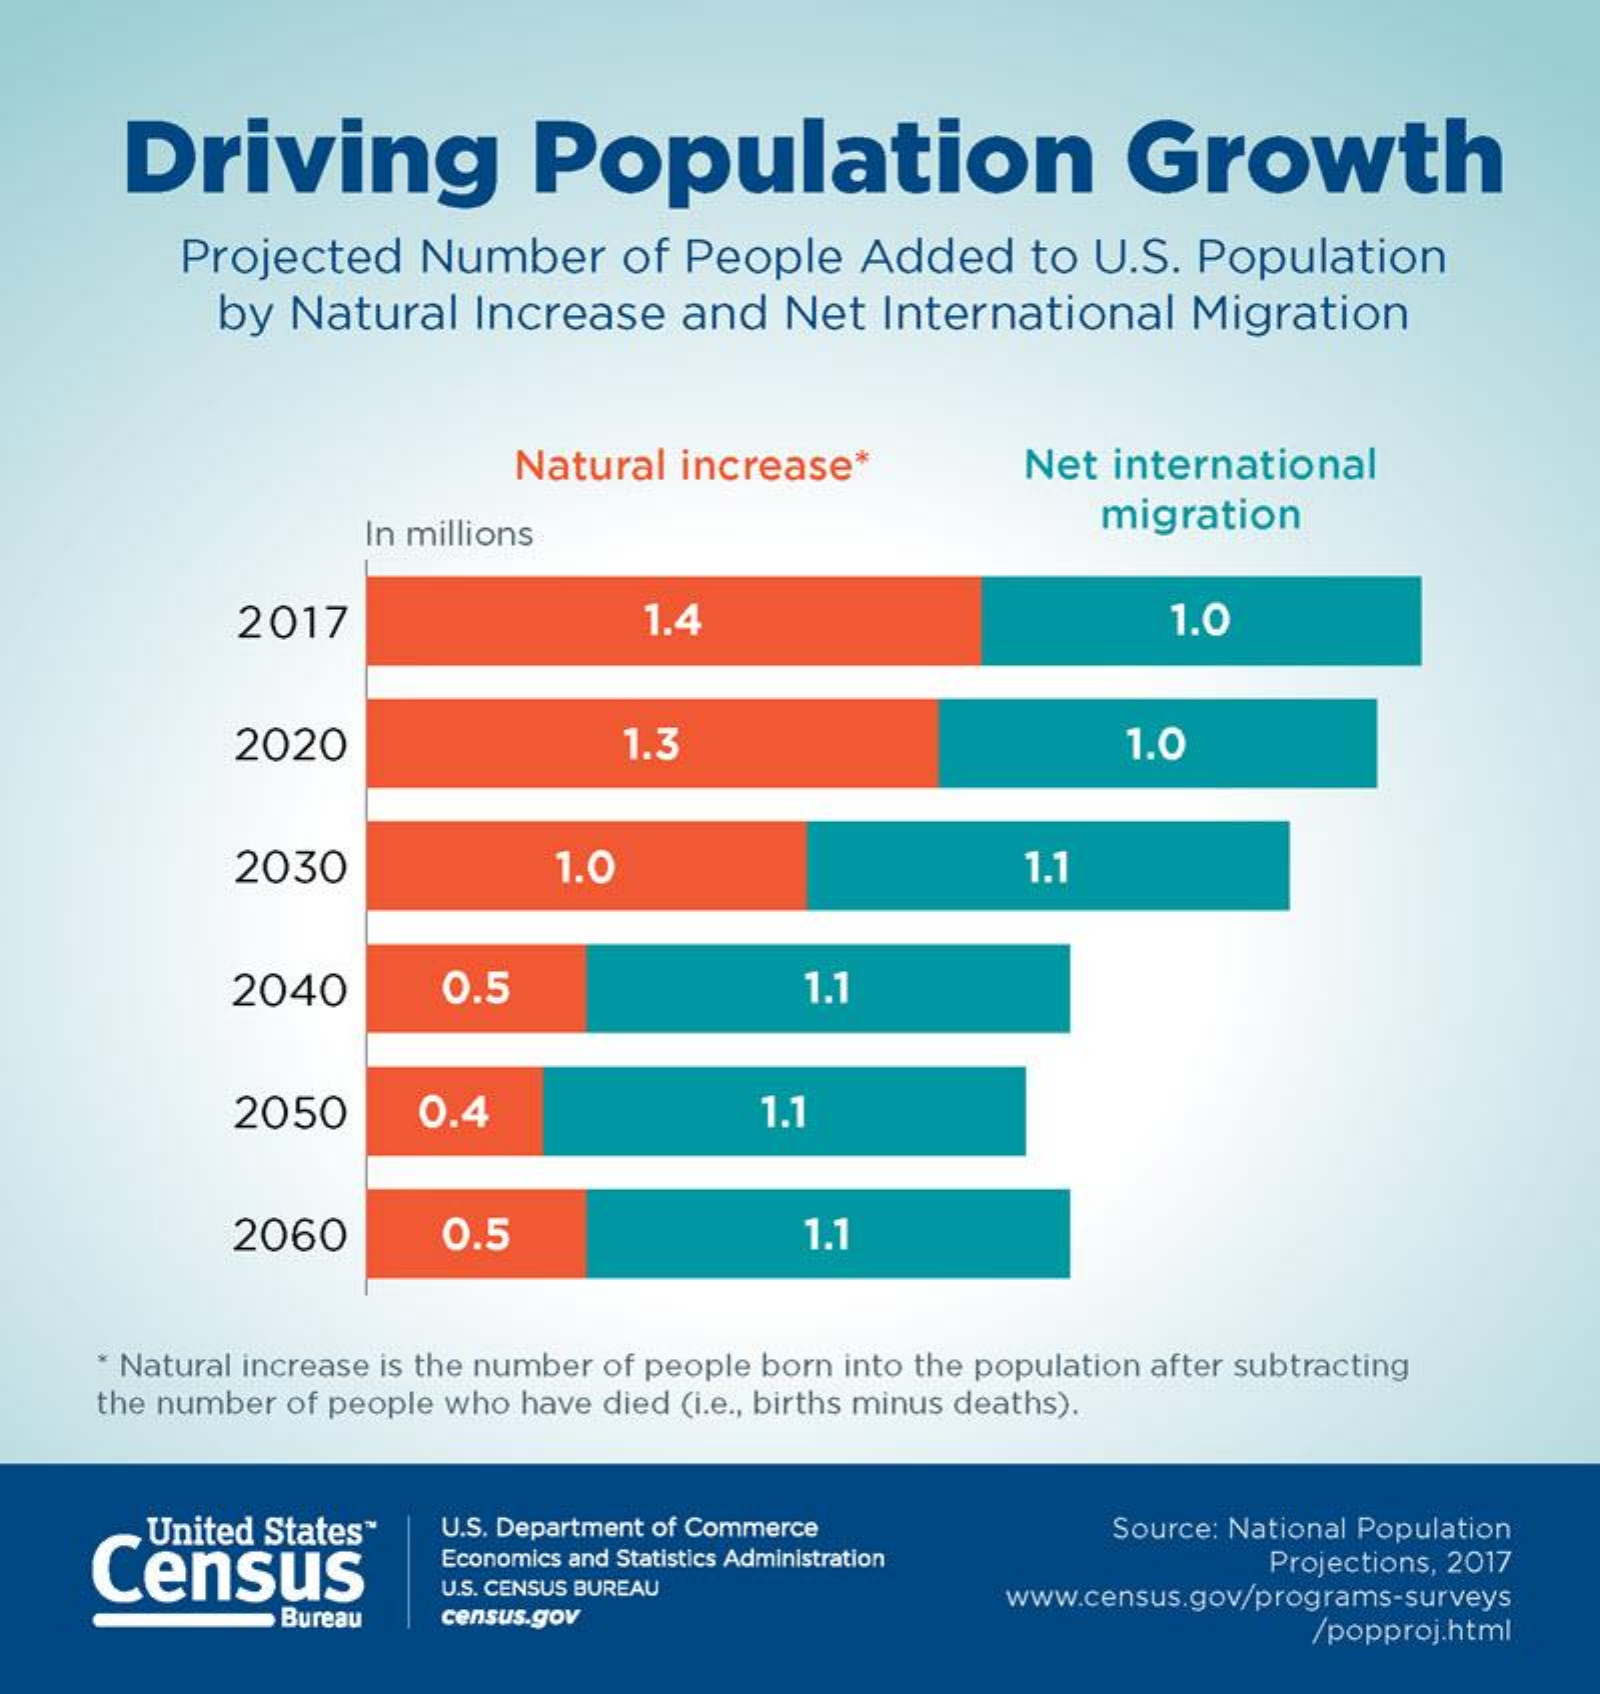
Driving    Population    Growth
     Projected    Number    of People    Added    to  U.S. Population
     by  Natural   Increase   and   Net  International    Migration
     Natural increase*    Net international
     In millions    migration
     2017    1.4    1.0
     2020    1.3    1.0
     2030    1.0    1.1
     2040    0.5    1.1
     2050    0.4    1.1
     2060    0.5    1.1
     * Natural increase is the number of people born into the population after subtracting
     the number of people who have died (i.e ., births minus deaths).
     United States
     Census
     U.S. Department of Commerce    Source: National Population
     Economics and Statistics Administration    Projections, 2017
     Bureau
     U.S. CENSUS BUREAU
     census.gov
     www.census.gov/programs-surveys
     /popproj.html